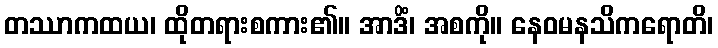
တဿာကထယ၊ ထိုတရားစကား၏။ အာဒိံ၊ အစကို။ နေဝမနသိကရောတိ၊